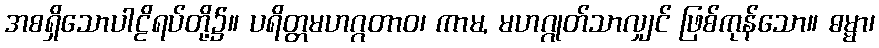
အစရှိသောပါဠိရပ်တို့၌။ ပရိတ္တမဟဂ္ဂတာဝ၊ ကာမ, မဟဂ္ဂုတ်သာလျှင် ဖြစ်ကုန်သော။ ဓမ္မာ၊